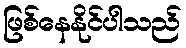
ဖြစ်နေနိုင်ပါသည်